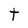
Character: t